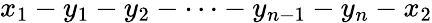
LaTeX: x_{1}-y_{1}-y_{2}-\dots-y_{n-1}-y_{n}-x_{2}